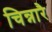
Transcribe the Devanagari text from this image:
चिन्नारै